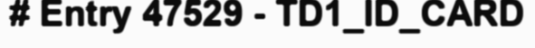
# Entry 47529 - TD1_ID_CARD